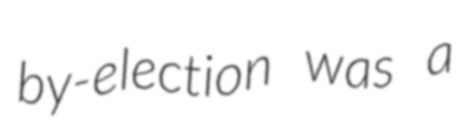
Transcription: by-election was a